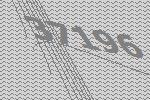
37196